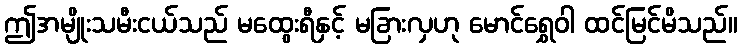
ဤအမျိုးသမီးငယ်သည် မထွေးရီနှင့် မခြားလှဟု မောင်ရွှေဝါ ထင်မြင်မိသည်။